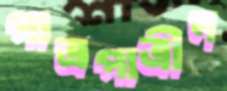
পাত্রপাত্রীদ